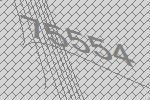
75554